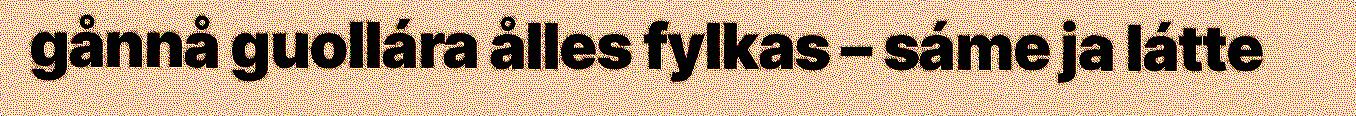
gånnå guollára ålles fylkas – sáme ja látte